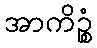
အာကိဉ္စံ